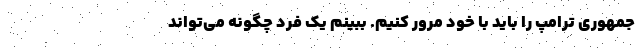
جمهوری ترامپ را باید با خود مرور کنیم. ببینم یک فرد چگونه می‌تواند